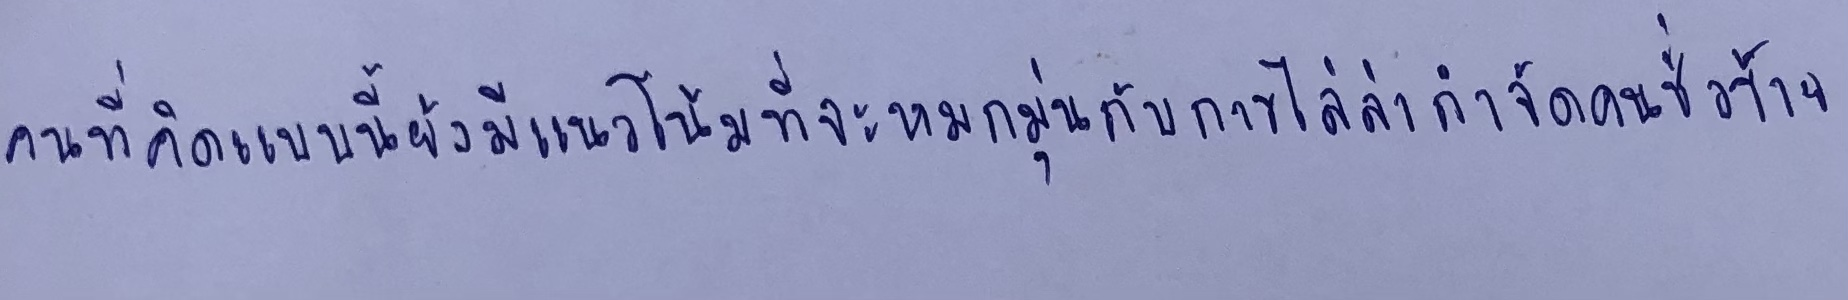
คนที่คิดแบบนี้ยังมีแนวโน้มที่จะหมกมุ่นกับการไล่ล่ากำจัดคนชั่วร้าย